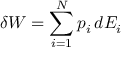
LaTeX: \delta W = \sum _ { i = 1 } ^ { N } p _ { i } \, d E _ { i }